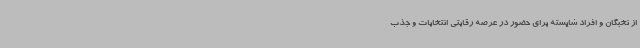
از نخبگان و افراد شایسته برای حضور در عرصه رقابتی انتخابات و جذب